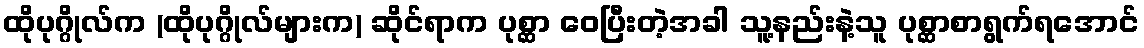
ထိုပုဂ္ဂိုလ်က (ထိုပုဂ္ဂိုလ်များက) ဆိုင်ရာက ပုစ္ဆာ ဝေပြီးတဲ့အခါ သူ့နည်းနဲ့သူ ပုစ္ဆာစာရွက်ရအောင်